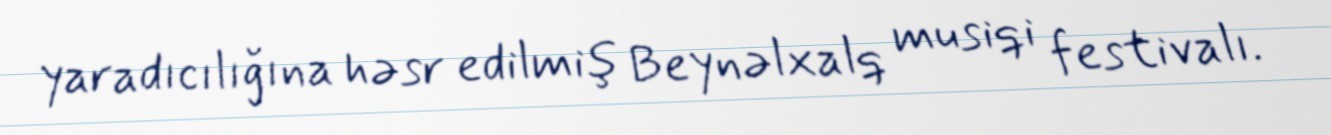
yaradıcılığına həsr edilmiş Beynəlxalq musiqi festivalı.